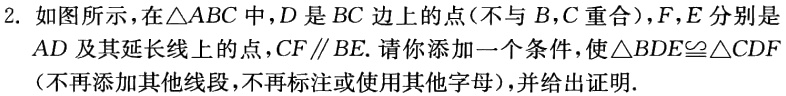
2. 如图所示，在\(\triangle ABC\)中，\(D\)是\(BC\)边上的点（不与\(B,C\)重合），\(F,E\)分别是\(AD\)及其延长线上的点，\(CF\parallel BE\). 请你添加一个条件，使\(\triangle BDE\cong\triangle CDF\)（不再添加其他线段，不再标注或使用其他字母），并给出证明.